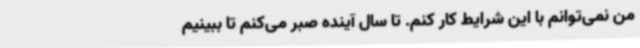
من نمی‌توانم با این شرایط کار کنم. تا سال آینده صبر می‌کنم تا ببینیم